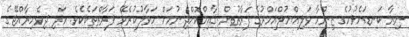
ނިޔާ ކަނޑައެޅުމުގެ ޒިންމާ ވަލިއްޔުލްއަމްރުގެ ފަރާތުން ޤާއިމްކޮށްދިނުމަށް ހަވާލުކުރެވޭ ފަރާތްތަކެކެވެ. އަދި ދިވެހިރާއްޖޭގެ